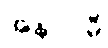
အနာဂါမီ